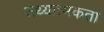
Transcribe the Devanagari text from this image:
तथ्यात्मकता